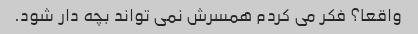
واقعا؟ فکر می کردم همسرش نمی تواند بچه دار شود.